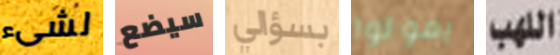
لشىء سيضع بسؤالي يموتوا اللهب